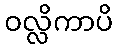
ဝလ္လိကာပိ